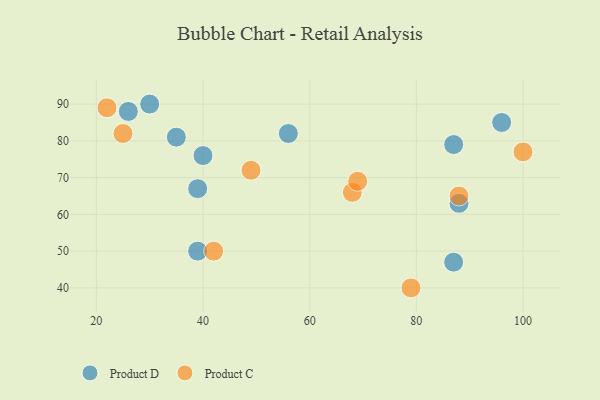
{"axis": {"x": "GDP", "y": "Life Expectancy"}, "legend": ["Product C", "Product D"], "data": [{"x": "30", "y": 90, "type": "Product D"}, {"x": "88", "y": 63, "type": "Product D"}, {"x": "26", "y": 88, "type": "Product D"}, {"x": "87", "y": 79, "type": "Product D"}, {"x": "35", "y": 81, "type": "Product D"}, {"x": "39", "y": 50, "type": "Product D"}, {"x": "39", "y": 67, "type": "Product D"}, {"x": "87", "y": 47, "type": "Product D"}, {"x": "56", "y": 82, "type": "Product D"}, {"x": "96", "y": 85, "type": "Product D"}, {"x": "40", "y": 76, "type": "Product D"}, {"x": "49", "y": 72, "type": "Product C"}, {"x": "22", "y": 89, "type": "Product C"}, {"x": "68", "y": 66, "type": "Product C"}, {"x": "25", "y": 82, "type": "Product C"}, {"x": "100", "y": 77, "type": "Product C"}, {"x": "69", "y": 69, "type": "Product C"}, {"x": "42", "y": 50, "type": "Product C"}, {"x": "88", "y": 65, "type": "Product C"}, {"x": "79", "y": 40, "type": "Product C"}]}